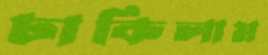
ঢাকিলাম